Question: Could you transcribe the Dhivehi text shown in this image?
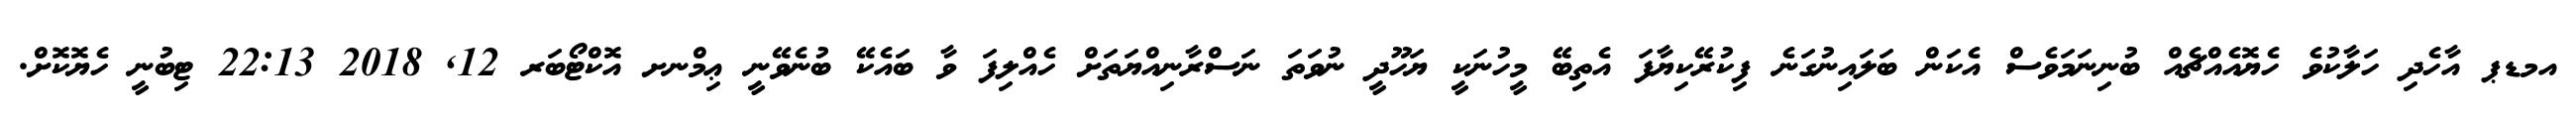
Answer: އމޑޕ އާހެދި ހަލާކުވެ ހެޔޮއެއްޗެއް ބުނިނަމަވެސް އެކަން ބަލައިނުގަނެ ފިކުރޭކިޔާފަ އެތިބޭ މީހުނަކީ ޔަހޫދީ ނުވަތަ ނަސްރާނިއްޔަތަށް ހެއްލިފަ ވާ ބައެކޭ ބުނެވޭނީ ޢިމްނށ އޮކްޓޯބަރ 12, 2018 22:13 ޓިބުނީ ހެޔޮކޮށް.